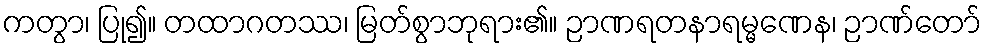
ကတွာ၊ ပြု၍။ တထာဂတဿ၊ မြတ်စွာဘုရား၏။ ဉာဏရတနာရမ္မဏေန၊ ဉာဏ်တော်